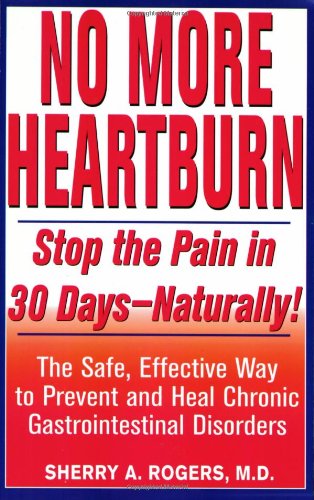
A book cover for No More Heartburn: Stop the Pain in 30 Days--Naturally! : The Safe, Effective Way to Prevent and H eal Chronic Gastrointestinal Disorders; Sherry A. Rogers; Health, Fitness & Dieting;